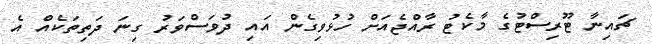
ޗައިނާ ޓޫރިސްޓުގެ މާކެޓު ރާއްޖެއަށް ހުޅުވިގެން އައި ދުވަސްވަރު ގިނަ ދަތިތަކެއް އެ